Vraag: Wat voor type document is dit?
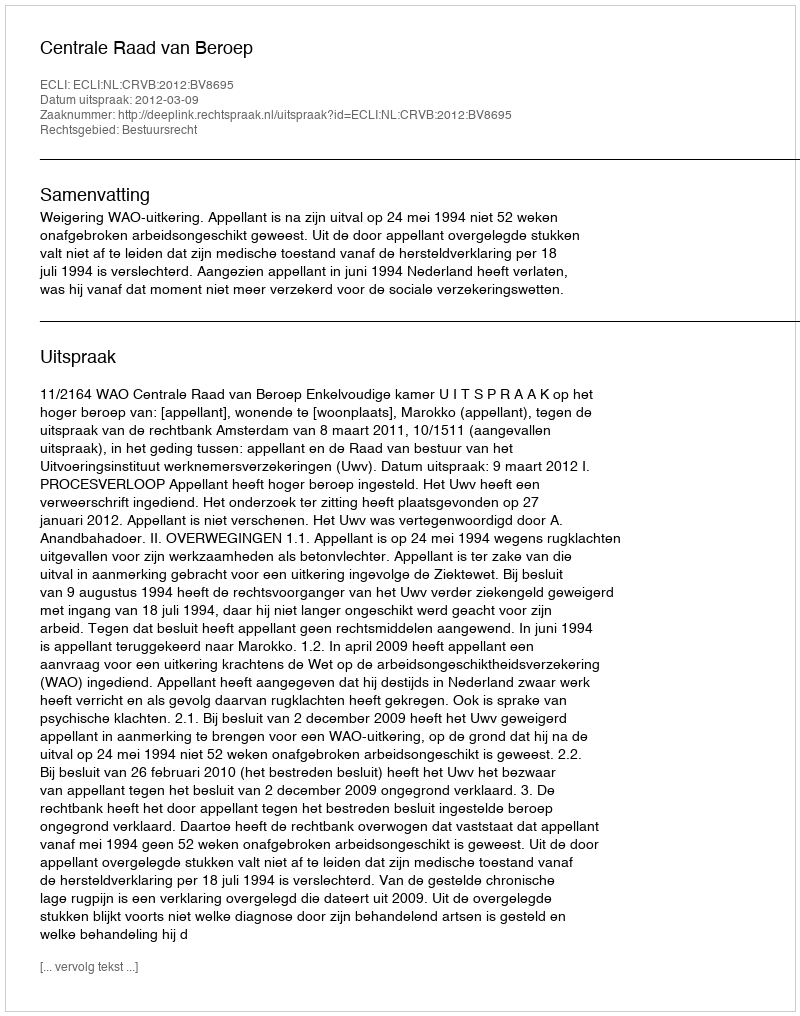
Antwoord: Uitspraak